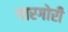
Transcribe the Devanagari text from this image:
गारगोरी